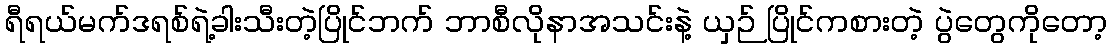
ရီရယ်မက်ဒရစ်ရဲ့ခါးသီးတဲ့ပြိုင်ဘက် ဘာစီလိုနာအသင်းနဲ့ ယှဉ် ပြိုင်ကစားတဲ့ ပွဲတွေကိုတော့